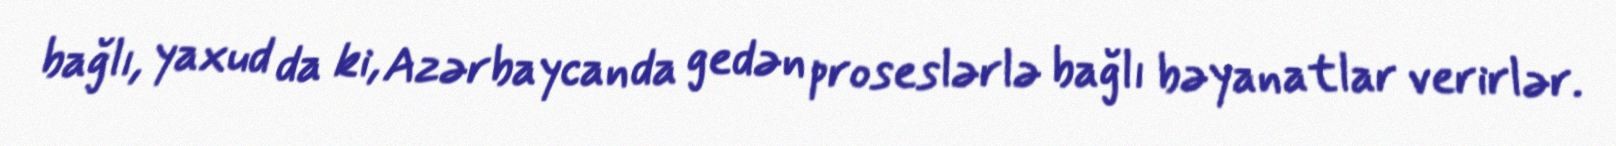
bağlı, yaxud da ki, Azərbaycanda gedən proseslərlə bağlı bəyanatlar verirlər.